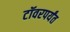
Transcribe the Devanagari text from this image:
टॉवरपर्यंत